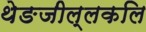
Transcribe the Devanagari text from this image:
थेङजील्लकलि